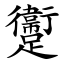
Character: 躛